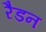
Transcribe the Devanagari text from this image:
रैडन